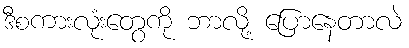
ဒီစကားလုံးတွေကို ဘာလို့ ပြောနေတာလဲ